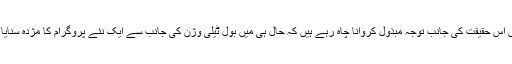
ہم تو بس اس حقیقت کی جانب توجہ مبذول کروانا چاہ رہے ہیں کہ حال ہی میں بول ٹیلی وژن کی جانب سے ایک نئے پروگرام کا مژدہ سنایا گیا ہے۔